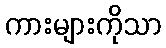
ကားများကိုသာ